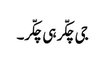
جی چکّر ہی چکّر۔